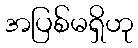
အပြစ်မရှိဟု